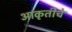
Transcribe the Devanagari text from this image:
आकृतीचे